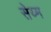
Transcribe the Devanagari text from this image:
सेय्म